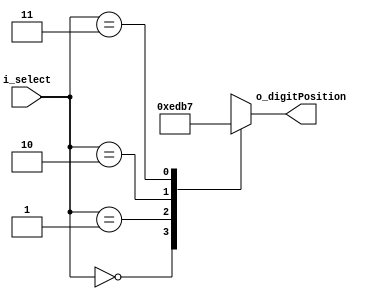
module FND_Decoder(
    input[1:0] i_select,
    // input i_on_off_SW,
    output[3:0] o_digitPosition
    );

    reg[3:0] r_digitPosition;
    assign o_digitPosition = r_digitPosition;

    always @(i_select)begin
        // if(i_on_off_SW) begin
        //     r_digitPosition <= 4'b1111;
        // end
        // else begin
            case(i_select)
                2'b00 : r_digitPosition <= 4'b1110;  // 
                2'b01 : r_digitPosition <= 4'b1101;
                2'b10 : r_digitPosition <= 4'b1011;
                2'b11 : r_digitPosition <= 4'b0111;

                // 3'b100 : r_digitPosition <= 4'b1110;  //   
                // 3'b101 : r_digitPosition <= 4'b1101;
                // 3'b110 : r_digitPosition <= 4'b1011;
                // 3'b111 : r_digitPosition <= 4'b0111;
            endcase
        end
    // end
endmodule